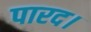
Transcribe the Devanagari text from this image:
पारद।